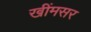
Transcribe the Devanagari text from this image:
खींमसर